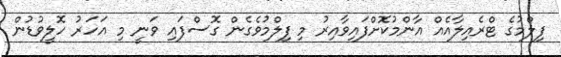
ފިލްމުގެ ޓްރެއިލާއެއް އާންމުކޮށްފައިވާއިރު މި ފިލްމުވެގެން ގޮސްފައި ވަނީ މި އަހަރު ހޮލީވުޑުން